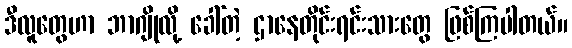
ဒီလူတွေဟာ ဘာဂျိုလို့ ခေါ်တဲ့ ဌာနေတိုင်းရင်းသားတွေ ဖြစ်ကြပါတယ်။